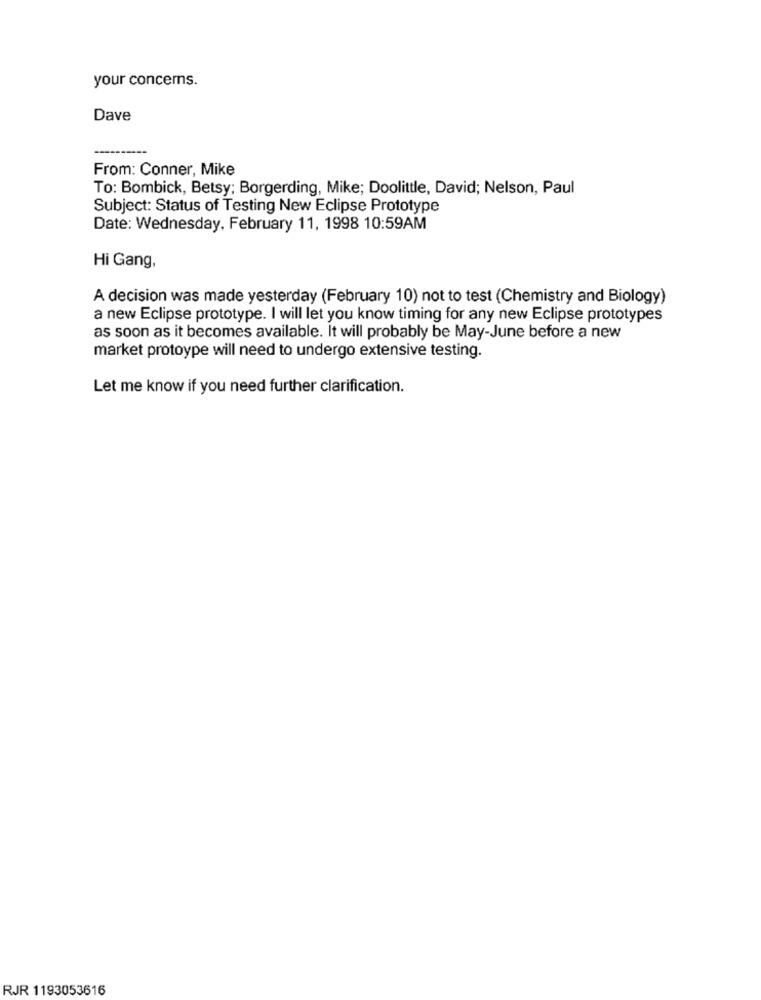
your concerns.
Dave
From: Conner, Mike
To: Bombick, Betsy; Borgerding, Mike; Doolittle, David; Nelson, Paul
Subject: Status of Testing New Eclipse Prototype
Date: Wednesday, February 11, 1998 10:59AM
Hi Gang,
A decision was made yesterday (February 10) not to test (Chemistry and Biology)
a new Eclipse prototype. I will let you know timing for any new Eclipse prototypes
as soon as it becomes available. It will probably be May-June before a new
market protoype will need to undergo extensive testing.
Let me know if you need further clarification.
RJR 1193053616